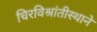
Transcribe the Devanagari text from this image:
चिरविश्रांतीस्थाने